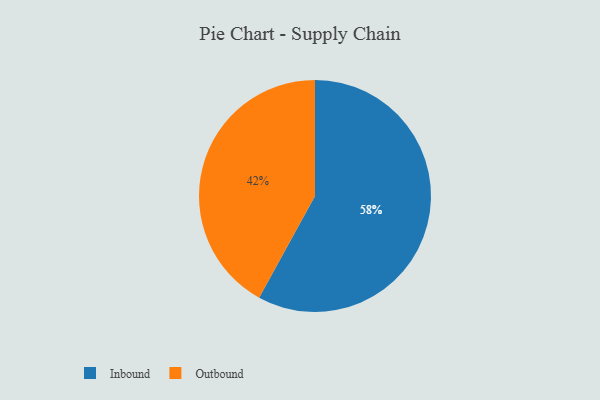
{"axis": {"x": "Category", "y": "Percentage"}, "legend": ["Inbound", "Outbound"], "data": [{"x": "Inbound", "y": 58, "type": "Inbound"}, {"x": "Outbound", "y": 42, "type": "Outbound"}]}